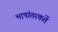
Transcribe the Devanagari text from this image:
भाषांतरकर्ते